system: You are a helpful assistant.
user:
Analyze the provided spectrum to determine if it is a **"Cataclysmic Variables (CV)"**.

- **Key Indicators for CV (Check for either state):**
    - **State 1: Quiescent / Low-State (Emission-Dominated)**
        - **(Primary):** Strong and *very broad* Hydrogen Balmer emission lines (e.g., $H\alpha$ at 6563 Å, $H\beta$ at 4861 Å). The 'broadness' (high velocity dispersion, often FWHM > 1000 km/s) is the key diagnostic, indicating a high-velocity accretion disk.
        - **(Secondary):** Broad neutral Helium (He I) emission lines (e.g., 5876 Å, 6678 Å).
        - **(Key Confirmation):** Presence of high-excitation *ionized* Helium (He II) emission at 4686 Å. This is a strong indicator of accretion onto a white dwarf.
        - **(Line Profile):** Emission lines may exhibit a 'double-peaked' profile, which is a classic signature of a rotating accretion disk viewed at high inclination.

    - **State 2: Outburst / High-State (Absorption-Dominated)**
        - **(Primary):** Spectrum is dominated by a bright, blue continuum (looks like a hot star).
        - **(Secondary):** The emission lines from State 1 are weak, absent, or 'filled in', and are replaced by broad, shallow *absorption* lines (primarily Balmer and He I).
        - **(Morphology):** The overall spectrum mimics a hot B/A-type star. The crucial difference is that the absorption lines are significantly broader, shallower, and more 'washed-out' (or 'smeared') than the sharp lines of a normal stellar photosphere, due to high rotational speeds and pressure broadening in the disk.

Think first, call **spectral_visualization_tool** if needed to examine features in detail, then provide your final answer. Your response must adhere to the following strict rules:
1.  **Overall Structure:** Your response must follow the format `<think>...</think> <tool_call>...</tool_call> (if a tool is used) <answer>...</answer>`.
2.  **Tool Usage Constraint:** You may only make **one** tool call per turn.
3.  **Final Answer Format:** In the `<answer>` tag, your conclusion must be inside a `\boxed{}` command (e.g., `\boxed{YES}`), followed by your justification.

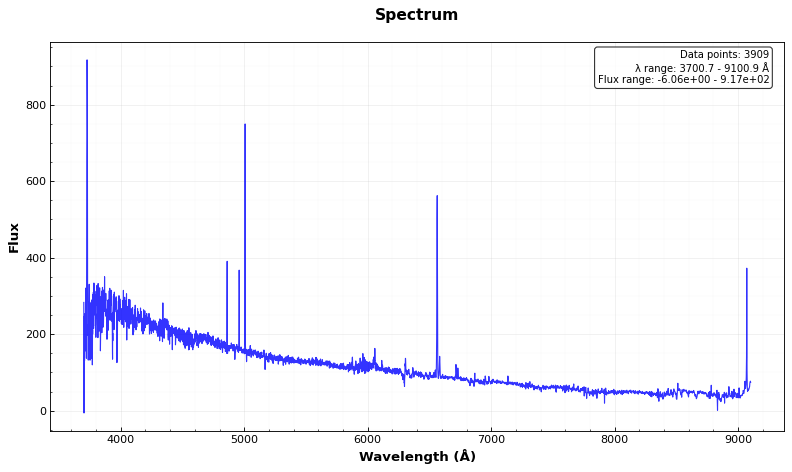
Answer: NO